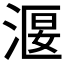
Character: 𣹐